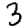
Digit: 3